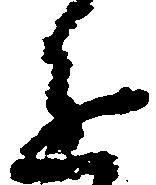
進